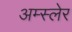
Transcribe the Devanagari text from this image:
अम्स्लेर